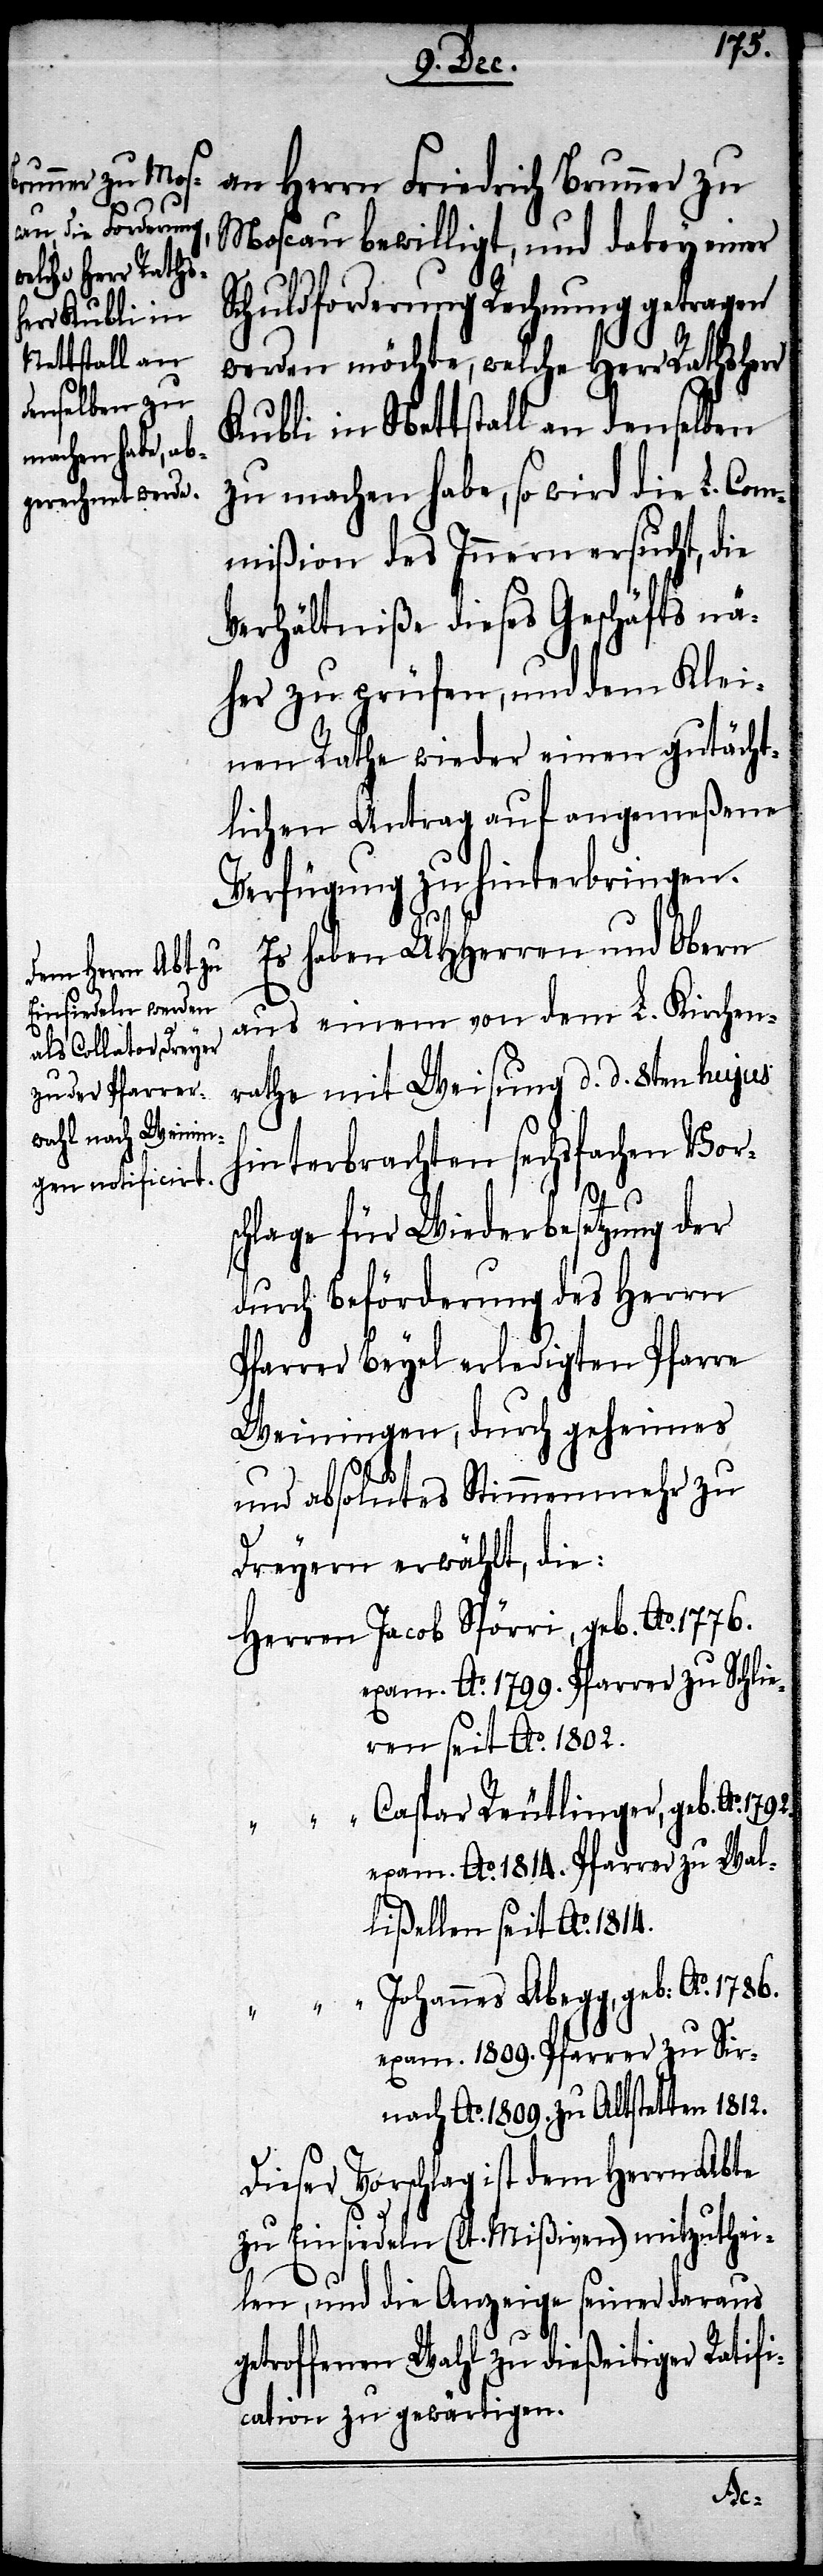
1792.
an Herrn Friedrich Brunner zu
Moscau bewilligt, und dabey einer
Schuldforderung Rechnung getragen
werden möchte, welche Herr Rathsherr
Kubli in Nettstall an denselben
zu machen habe, so wird die L. Com¬
mißion des Innern ersucht, die
Verhältniße dieses Geschäfts nä¬
her zu prüfen, und dem Klei¬
nen Rathe wieder einen gutächt¬
lichen Antrag auf angemeßene
Verfügung zu hinterbringen.
Es haben UHHerren und Obern
aus einem von dem L. Kirchen¬
rathe mit Weisung d. d. 8ten hujus
hinterbrachten sechsfachen Vors¬
chlage für Wiederbesetzung der
durch Beförderung des Herrn
Pfarrer Beyel erledigten Pfarre
Weiningen, durch geheimes
und absolutes Stimmenmehr zu
Dreyern erwählt, die:
Herren Jacob Spörri, geb. Ao. 1776.
exam. Ao. 1799. Pfarrer zu Schlie¬
ren seit Ao. 1802.
“ Caspar Reutlinger, geb. Ao.
exam. Ao. 1814. Pfarrer zu Wal¬
lißellen seit Ao. 1814.
“ Johannes Abegg, geb: Ao. 1786.
exam. 1809. Pfarrer zu Sir¬
nach Ao. zu Altstetten 1812.
Dieser Vorschlag ist dem Herrn Abte
zu Einsiedeln (lt. Mißiven) mitzuthei¬
len, und die Anzeige seiner daraus
getroffenen Wahl zu dießeitiger Ratifi¬
cation zu gewärtigen.